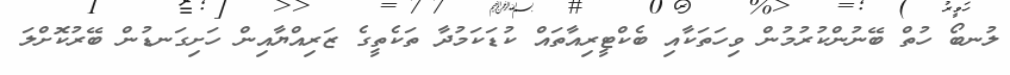
ލުނބޯ ހުތް ބޭނުންކުރުމުން ވިހަތަކާއި ބެކްޓީރިއާތައް ކުޑަކަމުދާ ތަކެތީގެ ޒަރިއްޔާއިން ހަށިގަނޑުން ބޭރުކޮށްލަ